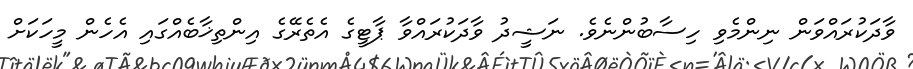
ވާދަކުރައްވަން ނިންމެވި ހިސާބުންނެވެ. ނަޝީދު ވާދަކުރައްވާ ޕާޓީގެ އެތެރޭގެ އިންތިޚާބެއްގައި އެހެން މީހަކަށް